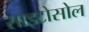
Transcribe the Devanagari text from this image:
साइटोसोल